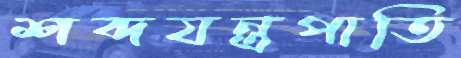
শব্দযন্ত্রপাতি